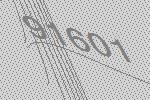
91601